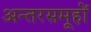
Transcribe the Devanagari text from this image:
अन्तरसमूहों